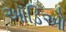
ઑડિઓ